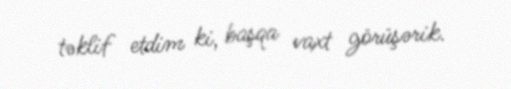
təklif etdim ki, başqa vaxt görüşərik.